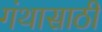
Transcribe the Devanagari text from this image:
गंथासाठी